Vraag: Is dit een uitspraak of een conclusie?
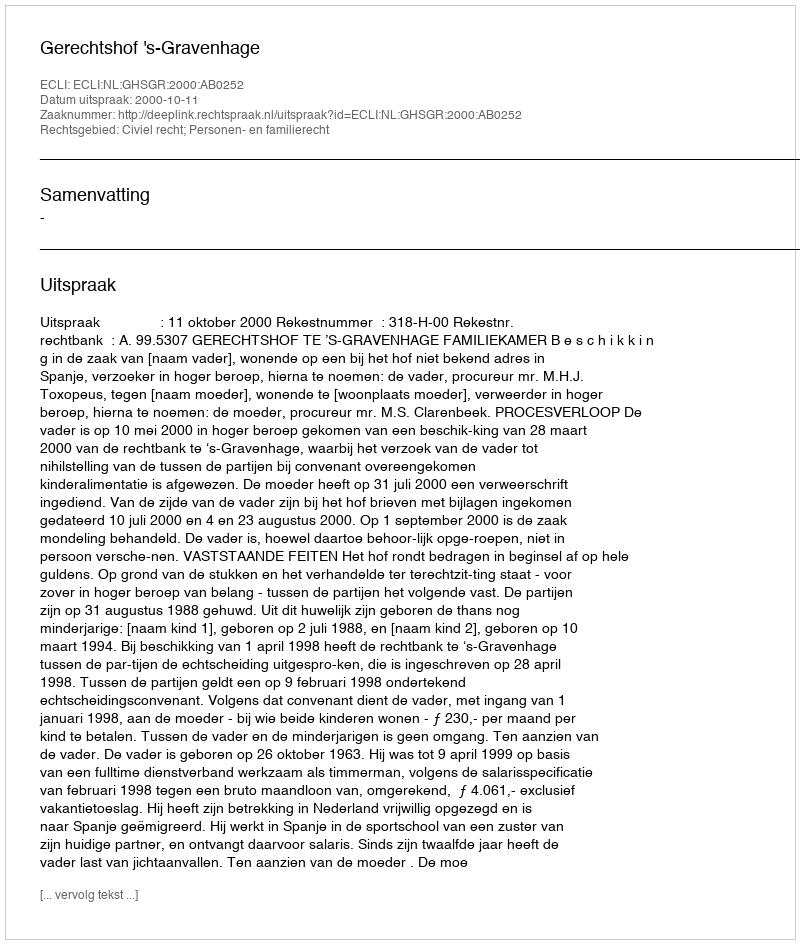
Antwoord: Uitspraak